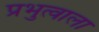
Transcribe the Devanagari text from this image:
प्रभुत्वाला